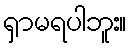
ရှာမရပါဘူး။